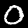
Label: 0